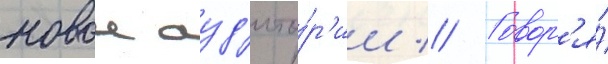
новои ауд'ито́р'ии // Говор'я́